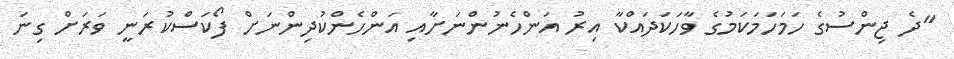
"ދެ ޖިންސުގެ ހަމަހަމަކަމުގެ ވާހަކަދައްކާ އިރު އަންހެނުންނަށާއި އަންހެންކުދިންނަށް ފޯކަސްކުރަނީ ވަރަށް ގިނަ